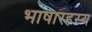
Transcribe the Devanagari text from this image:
भाषारहस्य